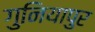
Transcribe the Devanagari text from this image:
गुनियापुर